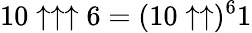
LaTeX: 10\uparrow\uparrow\uparrow 6=(10\uparrow\uparrow)^{6}1